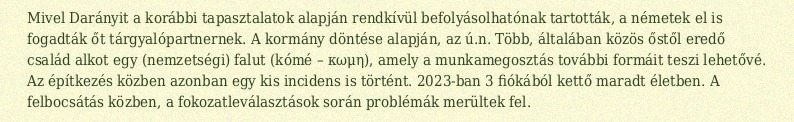
Mivel Darányit a korábbi tapasztalatok alapján rendkívül befolyásolhatónak tartották, a németek el is fogadták őt tárgyalópartnernek. A kormány döntése alapján, az ú.n. Több, általában közös őstől eredő család alkot egy (nemzetségi) falut (kómé – κωμη), amely a munkamegosztás további formáit teszi lehetővé. Az építkezés közben azonban egy kis incidens is történt. 2023-ban 3 fiókából kettő maradt életben. A felbocsátás közben, a fokozatleválasztások során problémák merültek fel.